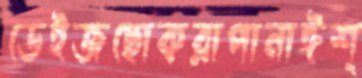
ডেইজছোকরাপানাঈশ্